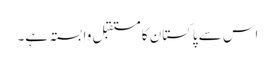
اس سے پاکستان کا مستقبل وابستہ ہے۔